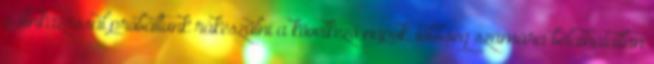
pálinkázással próbáltunk rákészülni a következő napok, többség számára beláthatatlan